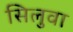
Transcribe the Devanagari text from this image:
सिलुवा